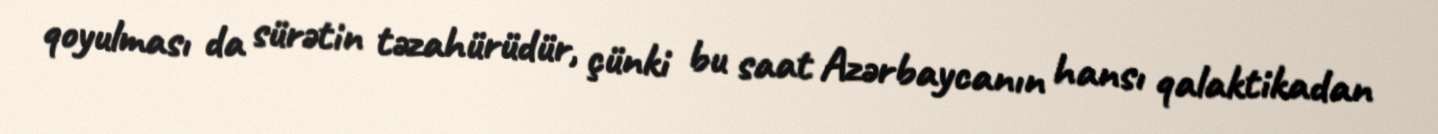
qoyulması da sürətin təzahürüdür, çünki bu saat Azərbaycanın hansı qalaktikadan